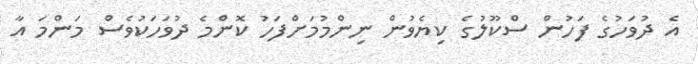
އެ ދުވަހުގެ ފަހުން ސްކޫލުގެ ކިޔެވުން ނިންމުމަށްފަހު ކޮންމެ ދުވަހަކުވެސް މަންމަ އާ